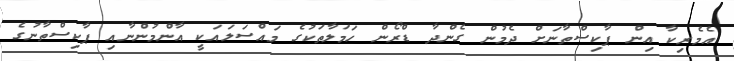
އެމެރިކާ އިން ޕާކިސްތާނަށް ދެމުން ގެންދާ ޑްރޯން ހަމަލާތަކުގެ މައްސަލައަކީ އާންމުންނާއި ޕާކިސްތާނުގެ